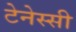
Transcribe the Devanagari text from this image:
टेनेस्सी